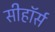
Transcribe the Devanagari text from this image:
सीहॉर्स